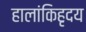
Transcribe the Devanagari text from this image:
हालांकिहृदय